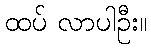
ထပ် လာပါဦး။